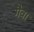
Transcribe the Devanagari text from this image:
गैवा